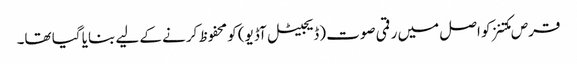
قرص مکتنز کو اصل میں رقمی صوت (ڈیجیٹل آڈیو) کو محفوظ کرنے کے لیے بنایا گیا تھا۔